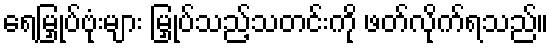
ရေမြှုပ်ဗုံးများ မြှုပ်သည့်သတင်းကို ဖတ်လိုက်ရသည်။